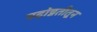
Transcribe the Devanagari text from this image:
पदोन्नतीतून